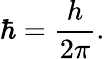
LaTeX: \hbar={\frac{h}{2\pi}}.